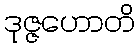
ဒုဇ္ဇဟောတိ